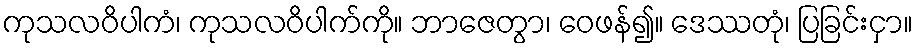
ကုသလဝိပါကံ၊ ကုသလဝိပါက်ကို။ ဘာဇေတွာ၊ ဝေဖန်၍။ ဒေဿတုံ၊ ပြခြင်းငှာ။